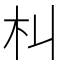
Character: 朻